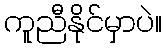
ကူညီနိုင်မှာပဲ။